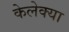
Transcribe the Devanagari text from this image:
केलेक्या